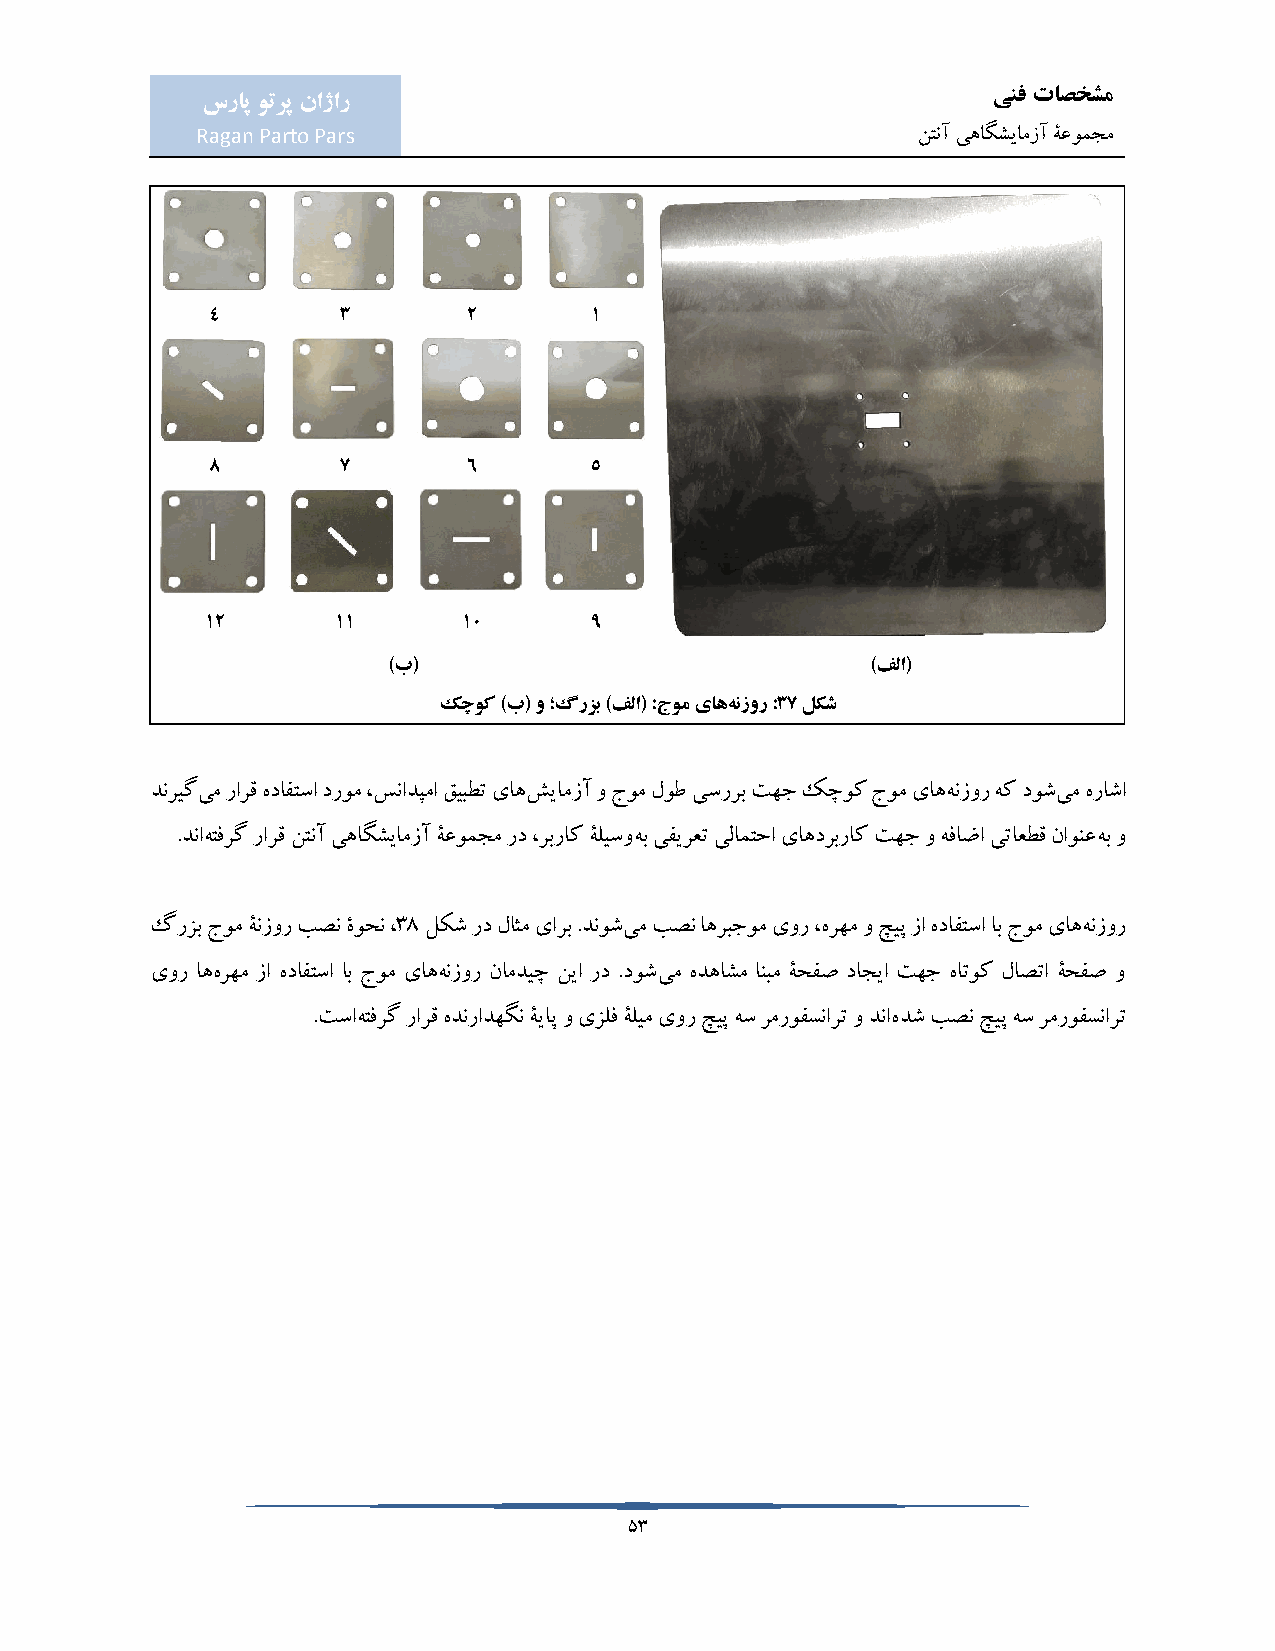
ینف تاصخشم
 سراپ وترپ ناژار
 Ragan Parto Pars                                نتنآ یهاگشیامزآ ۀعومجم
 4       3        2       1
 8       7        6       5
 12      11       10      9
 )ب(                             )فلا(
 کچوک )ب( و ؛گرزب )فلا( :جوم یاههنزور :37 لکش
 دنریگیم رارق هدافتسا دروم ،سنادپما قیبطت یاهشیامزآ و جوم لوط یسررب تهج کچوک جوم یاههنزور هک دوشیم هراشا
 .دناهتفرگ رارق نتنآ یهاگشیامزآ ۀعومجم رد ،ربراک ۀلیسوهب یفیرعت یلامتحا یاهدربراک تهج و هفاضا یتاعطق ناونعهب و
 گرزب جوم ۀنزور بصن ۀوحن ،38 لکش رد لاثم یارب .دنوشیم بصن اهربجوم یور ،هرهم و چیپ زا هدافتسا اب جوم یاههنزور
 یور اههرهم زا هدافتسا اب جوم یاههنزور نامدیچ نیا رد .دوشیم هدهاشم انبم ۀحفص داجیا تهج هاتوک لاصتا ۀحفص و
 .تساهتفرگ رارق هدنرادهگن ۀیاپ و یزلف ۀلیم یور چیپ هس رمروفسنارت و دناهدش بصن چیپ هس رمروفسنارت
 53